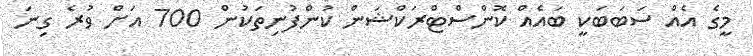
މީގެ އެއް ސަބަބަކީ ބައެއް ކޮންސްޓްރަކްޝަން ކުންފުނިތަކުން 700 އަށް ވުރެ ގިނަ